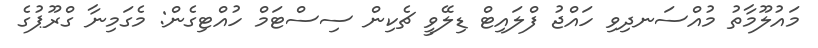
މައުލޫމާތު މުއްސަނދިވި ހައްޖު ފްލައިޓް ޑިލޭވީ ޗެކިން ސިސްޓަމް ހުއްޓިގެން: މެގަމިނާ ގްރޫޕުގެ